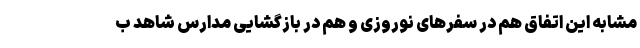
مشابه این اتفاق هم در سفرهای نوروزی و هم در بازگشایی مدارس شاهد ب